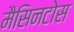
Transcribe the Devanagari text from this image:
मैसिनटोस